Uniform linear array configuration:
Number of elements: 24
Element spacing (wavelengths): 0.75
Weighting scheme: exponential
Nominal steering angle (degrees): -30
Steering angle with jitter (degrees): -30.539
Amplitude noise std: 0.05
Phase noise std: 0.05

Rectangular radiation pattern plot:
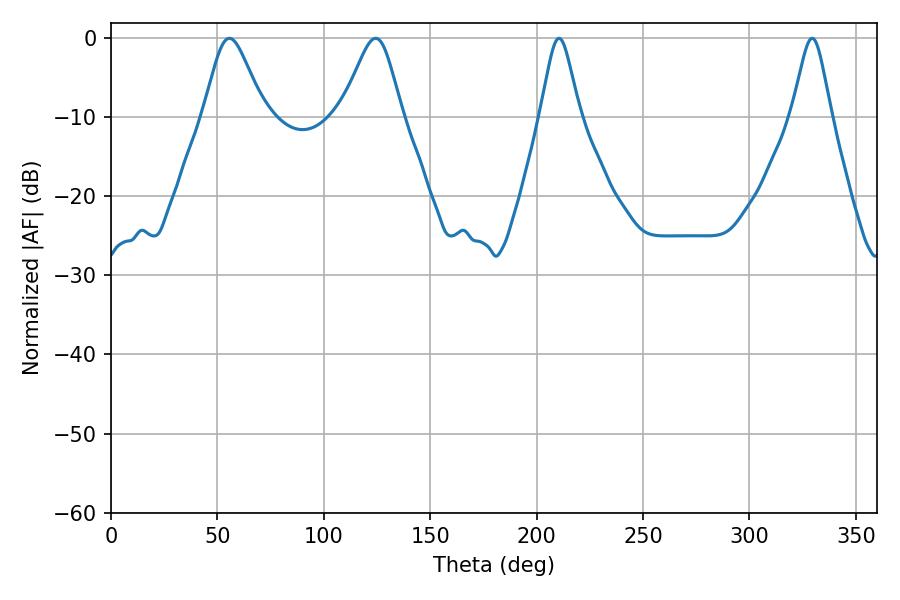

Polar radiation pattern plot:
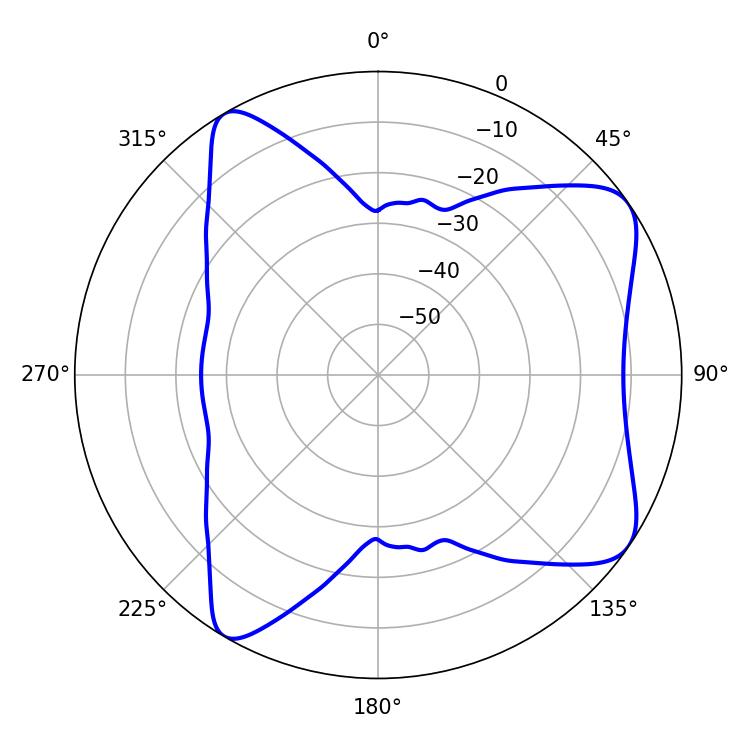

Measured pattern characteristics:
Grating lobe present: TRUE
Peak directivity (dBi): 7.941
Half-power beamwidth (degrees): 13.86
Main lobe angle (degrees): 55.62